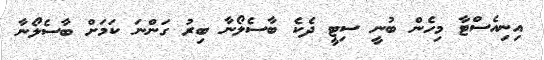
އިނިއެސްޓާ މިހެން ބުނީ ސިޓީ ދެކެ ބާސެލޯނާ ބިރު ގަންނަ ކަމަށް ބާސެލޯނާ